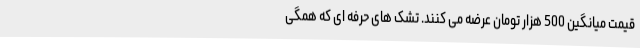
قیمت میانگین 500 هزار تومان عرضه می کنند. تشک های حرفه ای که همگی